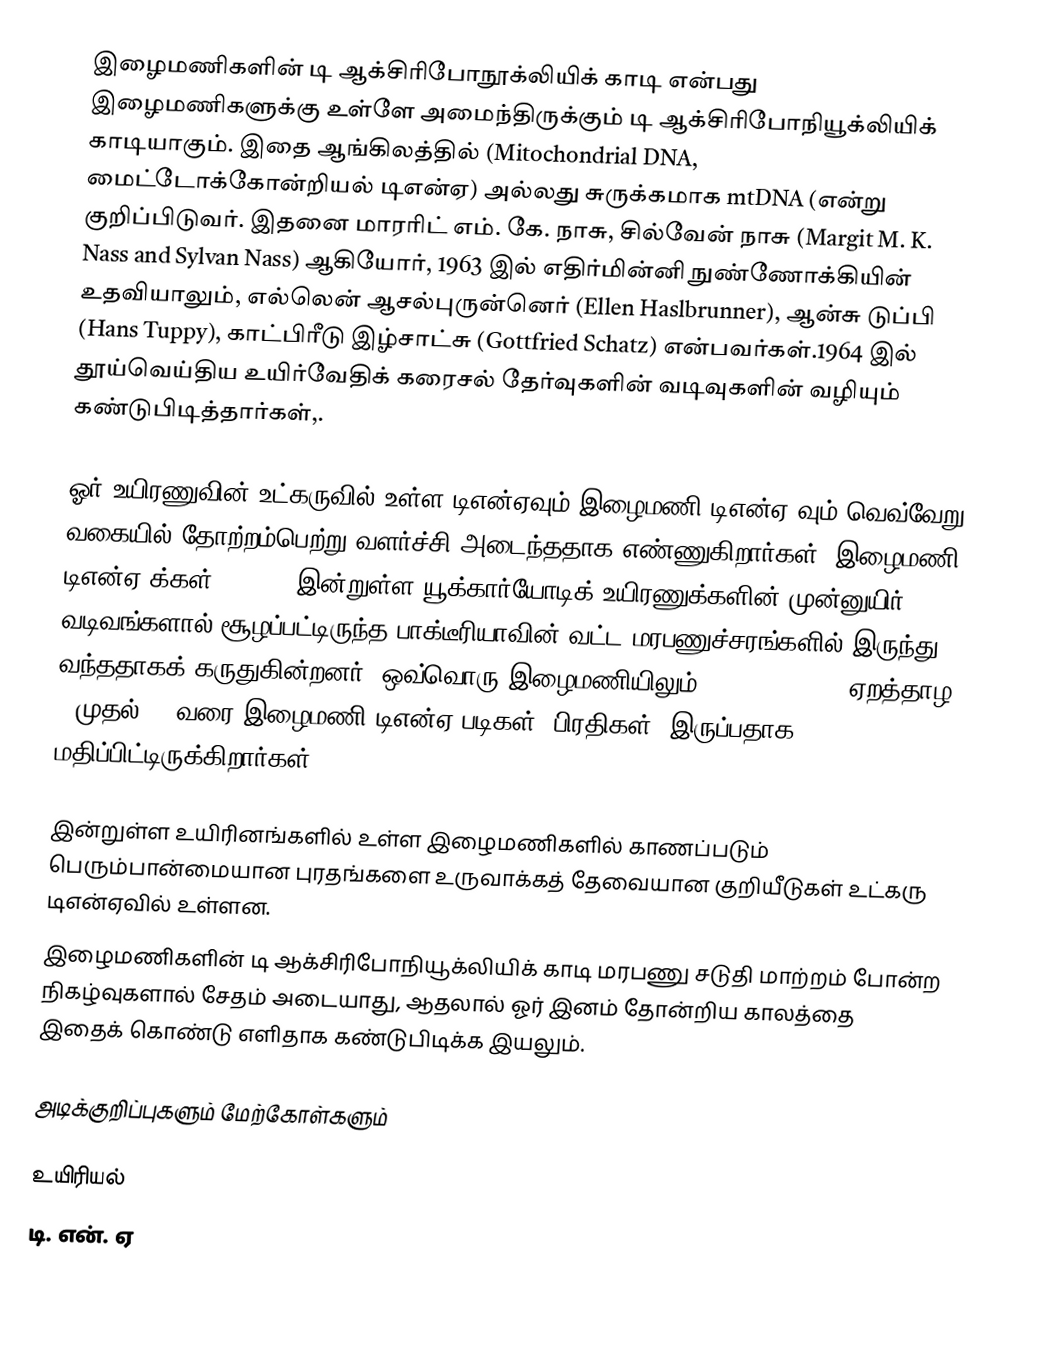
இழைமணிகளின் டி ஆக்சிரிபோநூக்லியிக் காடி என்பது இழைமணிகளுக்கு உள்ளே அமைந்திருக்கும்  டி ஆக்சிரிபோநியூக்லியிக் காடியாகும். இதை ஆங்கிலத்தில் (Mitochondrial DNA, மைட்டோக்கோன்றியல் டிஎன்ஏ) அல்லது சுருக்கமாக mtDNA (என்று குறிப்பிடுவர். இதனை மாரரிட் எம். கே. நாசு, சில்வேன் நாசு (Margit M. K. Nass and Sylvan Nass) ஆகியோர்,  1963 இல் எதிர்மின்னி நுண்ணோக்கியின் உதவியாலும், எல்லென் ஆசல்புருன்னெர் (Ellen Haslbrunner), ஆன்சு டுப்பி (Hans Tuppy), காட்பிரீடு இழ்சாட்சு (Gottfried Schatz) என்பவர்கள்.1964 இல் தூய்வெய்திய உயிர்வேதிக் கரைசல் தேர்வுகளின் வடிவுகளின் வழியும் கண்டுபிடித்தார்கள்,.

ஓர் உயிரணுவின் உட்கருவில் உள்ள டிஎன்ஏவும் இழைமணி டிஎன்ஏ வும் வெவ்வேறு வகையில் தோற்றம்பெற்று வளர்ச்சி அடைந்ததாக எண்ணுகிறார்கள். இழைமணி டிஎன்ஏ-க்கள் (mtDNA) இன்றுள்ள யூக்கார்யோடிக் உயிரணுக்களின் முன்னுயிர் வடிவங்களால் சூழப்பட்டிருந்த பாக்டீரியாவின் வட்ட மரபணுச்சரங்களில் இருந்து வந்ததாகக் கருதுகின்றனர். ஒவ்வொரு இழைமணியிலும் (mitochondion) ஏறத்தாழ 2 முதல் 10 வரை இழைமணி டிஎன்ஏ படிகள் (பிரதிகள்) இருப்பதாக மதிப்பிட்டிருக்கிறார்கள்.

இன்றுள்ள உயிரினங்களில் உள்ள இழைமணிகளில் காணப்படும் பெரும்பான்மையான புரதங்களை உருவாக்கத் தேவையான குறியீடுகள் உட்கரு டிஎன்ஏவில் உள்ளன.
இழைமணிகளின் டி ஆக்சிரிபோநியூக்லியிக் காடி மரபணு சடுதி மாற்றம் போன்ற நிகழ்வுகளால் சேதம் அடையாது, ஆதலால் ஓர் இனம் தோன்றிய காலத்தை இதைக் கொண்டு எளிதாக கண்டுபிடிக்க இயலும்.

அடிக்குறிப்புகளும் மேற்கோள்களும்

உயிரியல்
டி. என். ஏ